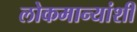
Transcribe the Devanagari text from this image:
लोकमान्यांशी